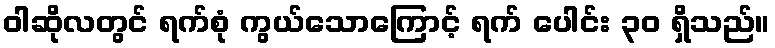
ဝါဆိုလတွင် ရက်စုံ ကွယ်သောကြောင့် ရက် ပေါင်း ၃၀ ရှိသည်။